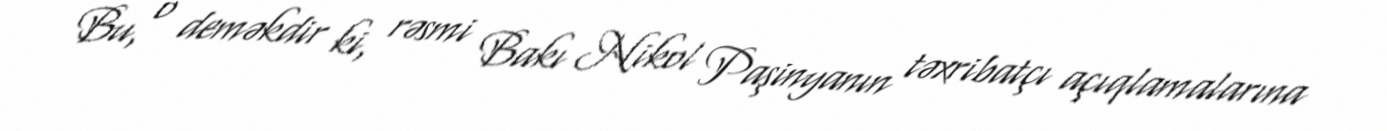
Bu, o deməkdir ki, rəsmi Bakı Nikol Paşinyanın təxribatçı açıqlamalarına